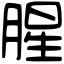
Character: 腥